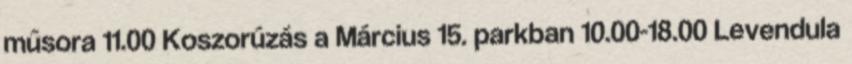
műsora 11.00 Koszorúzás a Március 15. parkban 10.00-18.00 Levendula